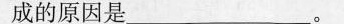
成的原因是___。